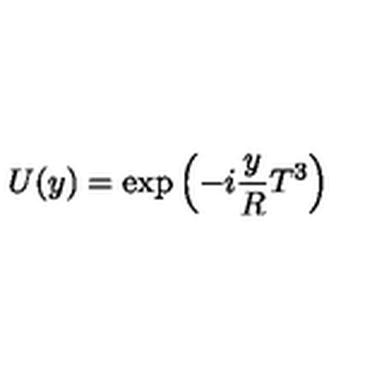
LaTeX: U ( y ) = \exp \left( - i \frac { y } { R } T ^ { 3 } \right)